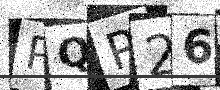
Text: PQP26V